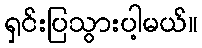
ရှင်းပြသွားပါ့မယ်။